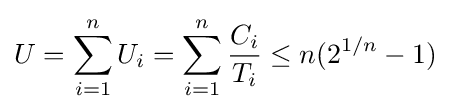
U=\sum _{i=1}^{n}{U_{i}}=\sum _{i=1}^{n}{\frac {C_{i}}{T_{i}}}\leq n({2}^{1/n}-1)